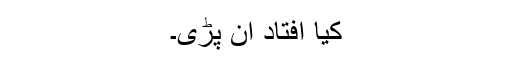
کیا افتاد آن پڑی۔